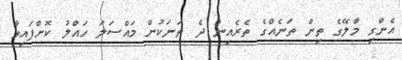
އެންގި މާލޭގެ ތިން ތަނެއްގެ ތެރެއިން ދެ ތަނަކުން މައްސަލަ ހައްލު ކޮށްފައިވާ